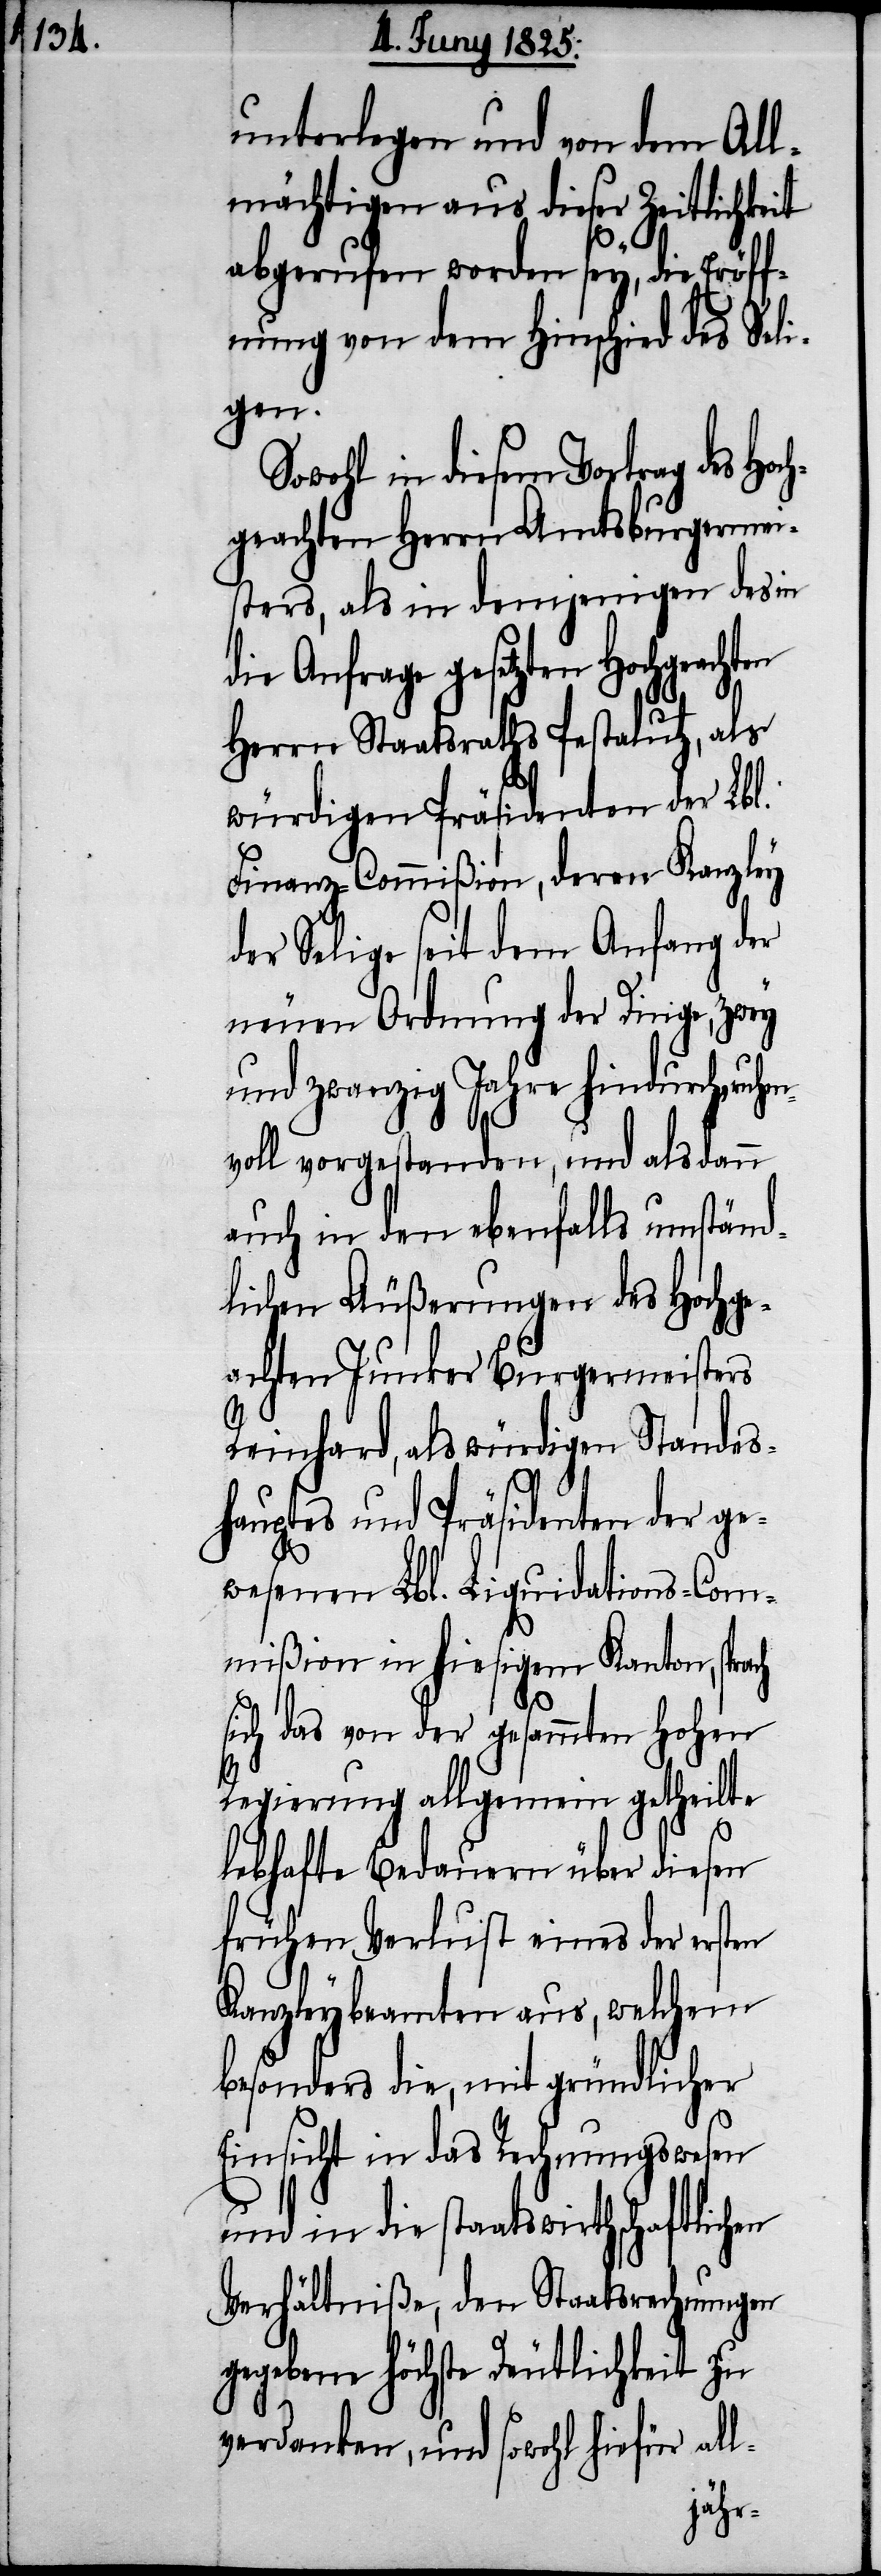
unterlegen und von dem All¬
mächtigen aus dieser Zeitlichkeit
abgerufen worden sey, die Eröff¬
nung von dem Hinschied des Seli¬
gen.
Sowohl in diesem Vortrag des Ho¬
geachten Herrn Amtsburgermei¬
sters, als in demjenigen des in
die Anfrage gesetzten Hochgeachten
ch¬
Herrn Staatsraths Pestalutz, als
würdigen Präsidenten der Lbl.
Finanz-Commißion, deren Kanzley
der Selige seit dem Anfang der
neuen Ordnung der Dinge, zwey
und zwanzig Jahre hindurch, ehre¬
nvoll vorgestanden, und alsdann
auch in den ebenfalls umständ¬
lichen Äußerungen des Hochge¬
achten Junker Burgermeisters
Reinhard, als würdigen Standes¬
hauptes und Präsidenten der ge¬
wesenen Lbl. Liquidations-Com¬
mißion in hiesigem Kanton, spra¬
ch
sich das von der gesammten Hohen
Regierung allgemein getheilte
lebhafte Bedauern über diesen
frühen Verlust eines der ersten
Kanzleybeamten aus, welchem
besonders die, mit gründlicher
Einsicht in das Rechnungswesen
und in die staatswirthschaftlichen
Verhältniße, den Staatsrechnungen
gegebene höchste Deutlichkeit zu
verdanken, und sowohl hiefür all-